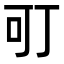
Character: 𭇄